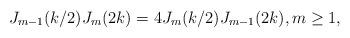
LaTeX: \begin{align*}J_{m-1}(k/2) J_m(2k) = 4J_m(k/2) J_{m-1}(2k), m \ge 1,\end{align*}